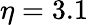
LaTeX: \eta=3.1